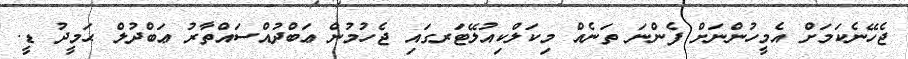
ޖެހޭނެކަމަށް އެމީހުންނަށް ފެންނަ ތަނެއް މިކަލްކިއުލޭޓަރގައި ޖެހުމުން ޢަބްދުއްސައްތާރު ޢަބްދުލް ޙަމީދު ޑީ.